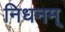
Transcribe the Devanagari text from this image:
निधनम्